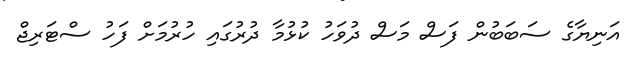
އަނިޔާގެ ސަބަަބުން ފަސް މަސް ދުވަހު ކުޅުމާ ދުރުގައި ހުރުމަށް ފަހު ސްޓަރިޖް